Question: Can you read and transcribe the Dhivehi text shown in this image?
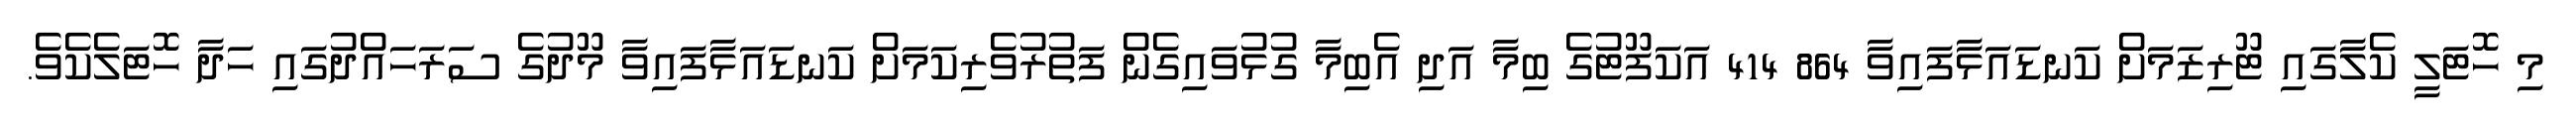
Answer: މި ހޮޓަލީ ކެލާގައި ޓޫރިޒަމަށް ކަނޑައަޅާފައިވާ 864 414 އަކަފޫޓުގެ ބިމާ އަދި އެބިމާ ގުޅުވައިގެން ފަތުރުވެރިކަމަށް ކަނޑައަޅާފައިވާ މޫދުގެ ސަރަހައްދުގައި ހަދާ ހޮޓަލެކެވެ.